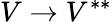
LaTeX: V\to V^{**}